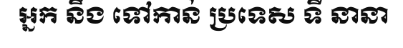
អ្នក នឹង ទៅកាន់ ប្រទេស ទី នានា